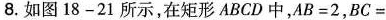
8.如图18-21所示，在矩形ABCD中，AB=2，BC=